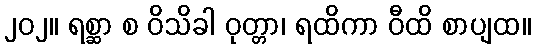
၂၀၂။ ရစ္ဆာ စ ဝိသိခါ ဝုတ္တာ၊ ရထိကာ ဝီထိ စာပျထ။